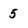
Character: 5